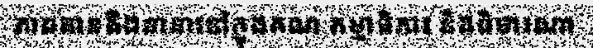
ភាពតានតឹងនានានៅក្នុងគណៈកម្មាធិការ និងពិចារណា